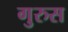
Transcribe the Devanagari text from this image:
गुरुस